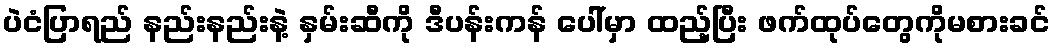
ပဲငံပြာရည် နည်းနည်းနဲ့ နှမ်းဆီကို ဒီပန်းကန် ပေါ်မှာ ထည့်ပြီး ဖက်ထုပ်တွေကိုမစားခင်